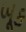
બૂક